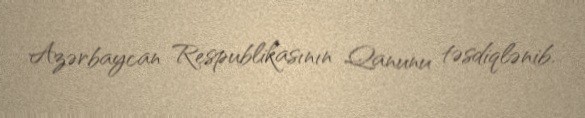
Azərbaycan Respublikasının Qanunu təsdiqlənib.